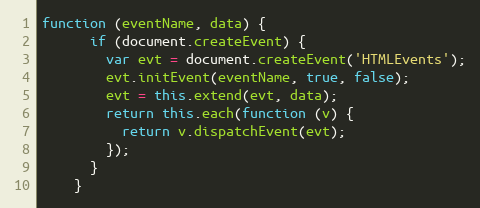
Language: JavaScript
function (eventName, data) {
      if (document.createEvent) {
        var evt = document.createEvent('HTMLEvents');
        evt.initEvent(eventName, true, false);
        evt = this.extend(evt, data);
        return this.each(function (v) {
          return v.dispatchEvent(evt);
        });
      }
    }